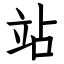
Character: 站